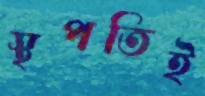
স্থপতিই